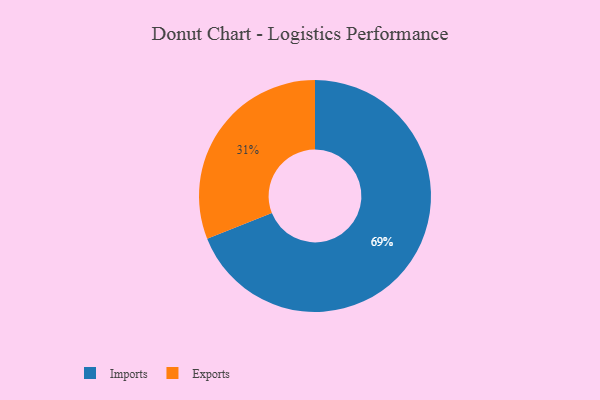
{"axis": {"x": "Category", "y": "Percentage"}, "legend": ["Exports", "Imports"], "data": [{"x": "Imports", "y": 69, "type": "Imports"}, {"x": "Exports", "y": 31, "type": "Exports"}]}